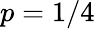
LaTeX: p=1/4